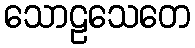
သောဠသေတေ